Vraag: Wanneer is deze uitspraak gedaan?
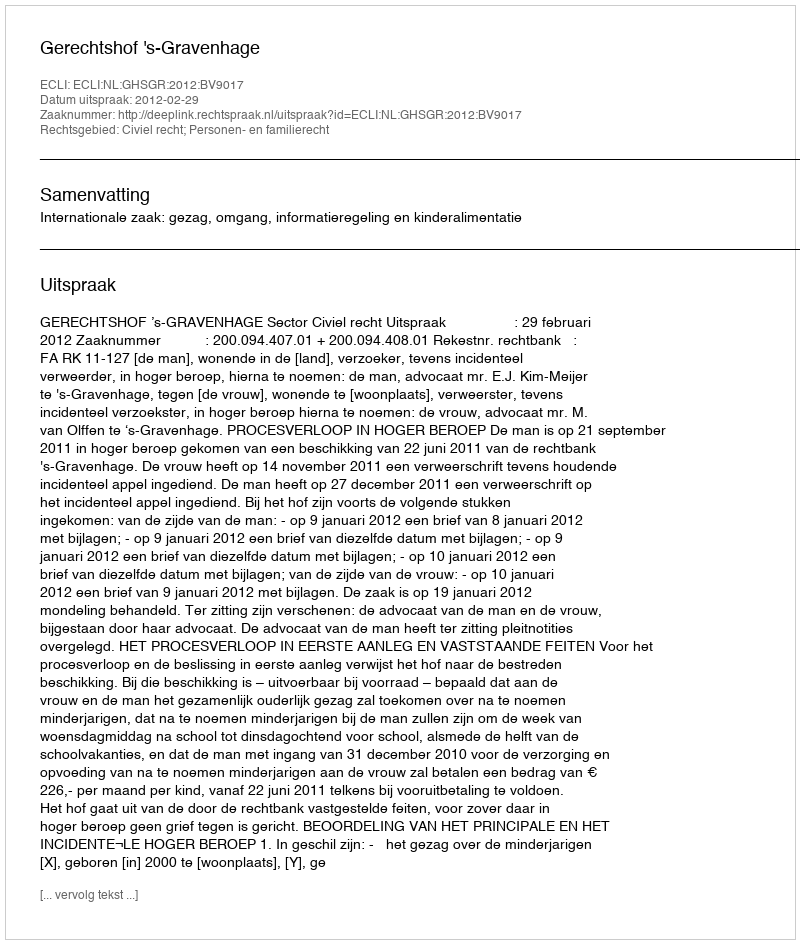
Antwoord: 2012-02-29